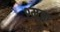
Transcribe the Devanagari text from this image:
श्मुक